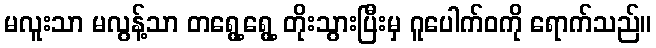
မလူးသာ မလွန့်သာ တရွေ့ရွေ့ တိုးသွားပြီးမှ ဂူပေါက်ဝကို ရောက်သည်။